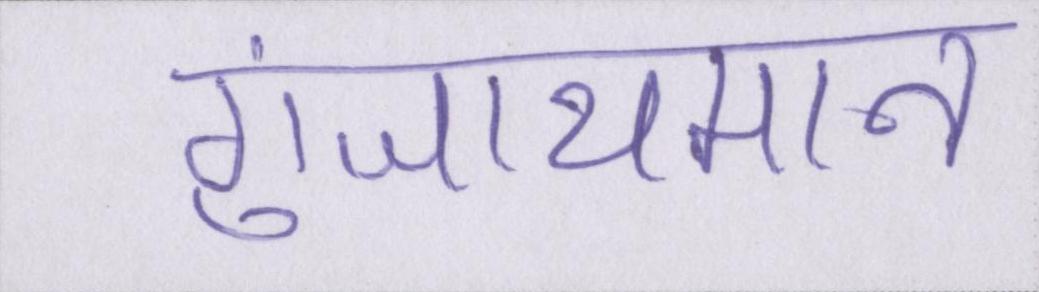
गुंजायमान